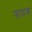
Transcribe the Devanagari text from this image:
फादक